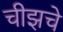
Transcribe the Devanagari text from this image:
चीझचे